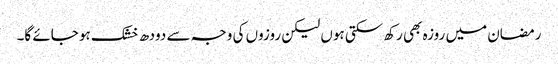
رمضان میں روزہ بھی رکھ سکتی ہوں لیکن روزوں کی وجہ سے دودھ خشک ہو جائے گا۔